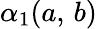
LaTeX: \alpha_{1}(a,\, b)